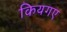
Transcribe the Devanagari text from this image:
कियगए